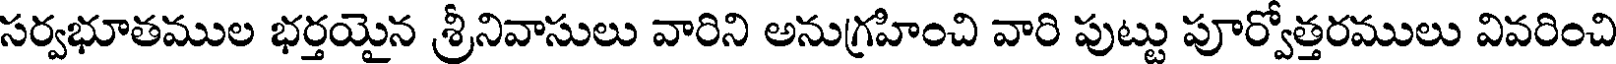
సర్వభూతముల భర్తయైన శ్రీనివాసులు వారిని అనుగ్రహించి వారి పుట్టు పూర్వోత్తరములు వివరించి